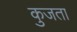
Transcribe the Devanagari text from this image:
कुजता